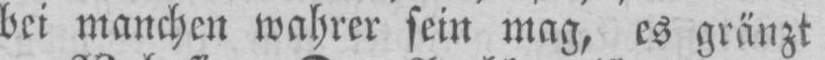
bei manchen wahrer sein mag, es gränzt